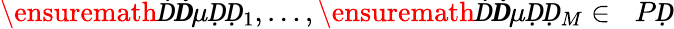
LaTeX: \ensuremath Ḋ\boldsymbol Ḋ\mu ḌḌ_{1},\dots,\ensuremath Ḋ\boldsymbol Ḋ\mu ḌḌ_{M}\in\mathcal ḊPḌ